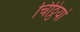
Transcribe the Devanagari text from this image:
चिठ्ठियां